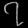
Digit: ၇